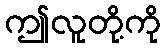
ဤလူတို့ကို